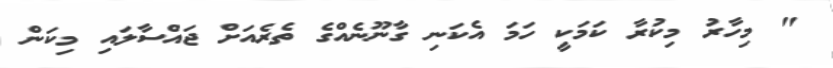
" މިހާރު މިކުރާ ކަމަކީ ހަމަ އެކަނި ގާނޫނެއްގެ ތެރެއަށް ޖައްސާލައި މިކަން